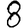
Digit: 8